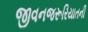
જીવનજરૂરિયાતની